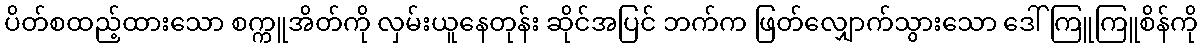
ပိတ်စထည့်ထားသော စက္ကူအိတ်ကို လှမ်းယူနေတုန်း ဆိုင်အပြင် ဘက်က ဖြတ်လျှောက်သွားသော ဒေါ်ကြူကြူစိန်ကို